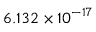
\phantom { + } 6 . 1 3 2 \times 1 0 ^ { - 1 7 }